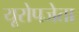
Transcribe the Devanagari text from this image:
यूरोपजेता